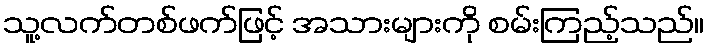
သူ့လက်တစ်ဖက်ဖြင့် အသားများကို စမ်းကြည့်သည်။